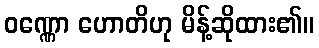
ဝဏ္ဏော ဟောတိဟု မိန့်ဆိုထား၏။